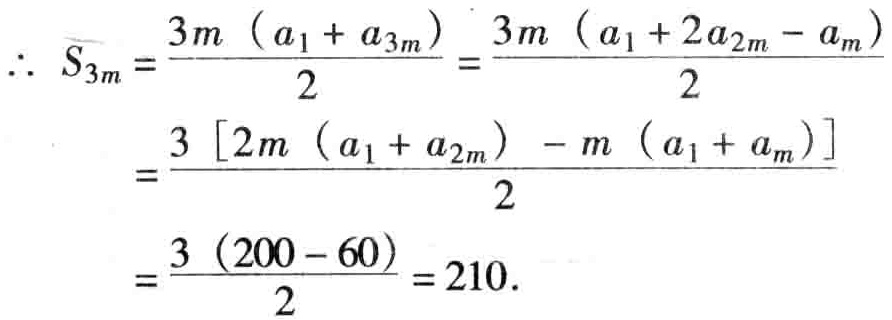
(3) \(QR = AQ - RC\).